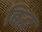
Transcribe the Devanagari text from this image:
बिद्ध